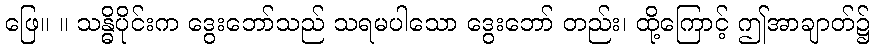
ဖြေ။ ။ သန္ဓိပိုင်းက ဒွေးဘော်သည် သရမပါသော ဒွေးဘော် တည်း၊ ထို့ကြောင့် ဤအာချာတ်၌